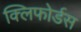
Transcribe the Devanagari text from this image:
क्लिफोर्डस